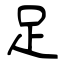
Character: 足